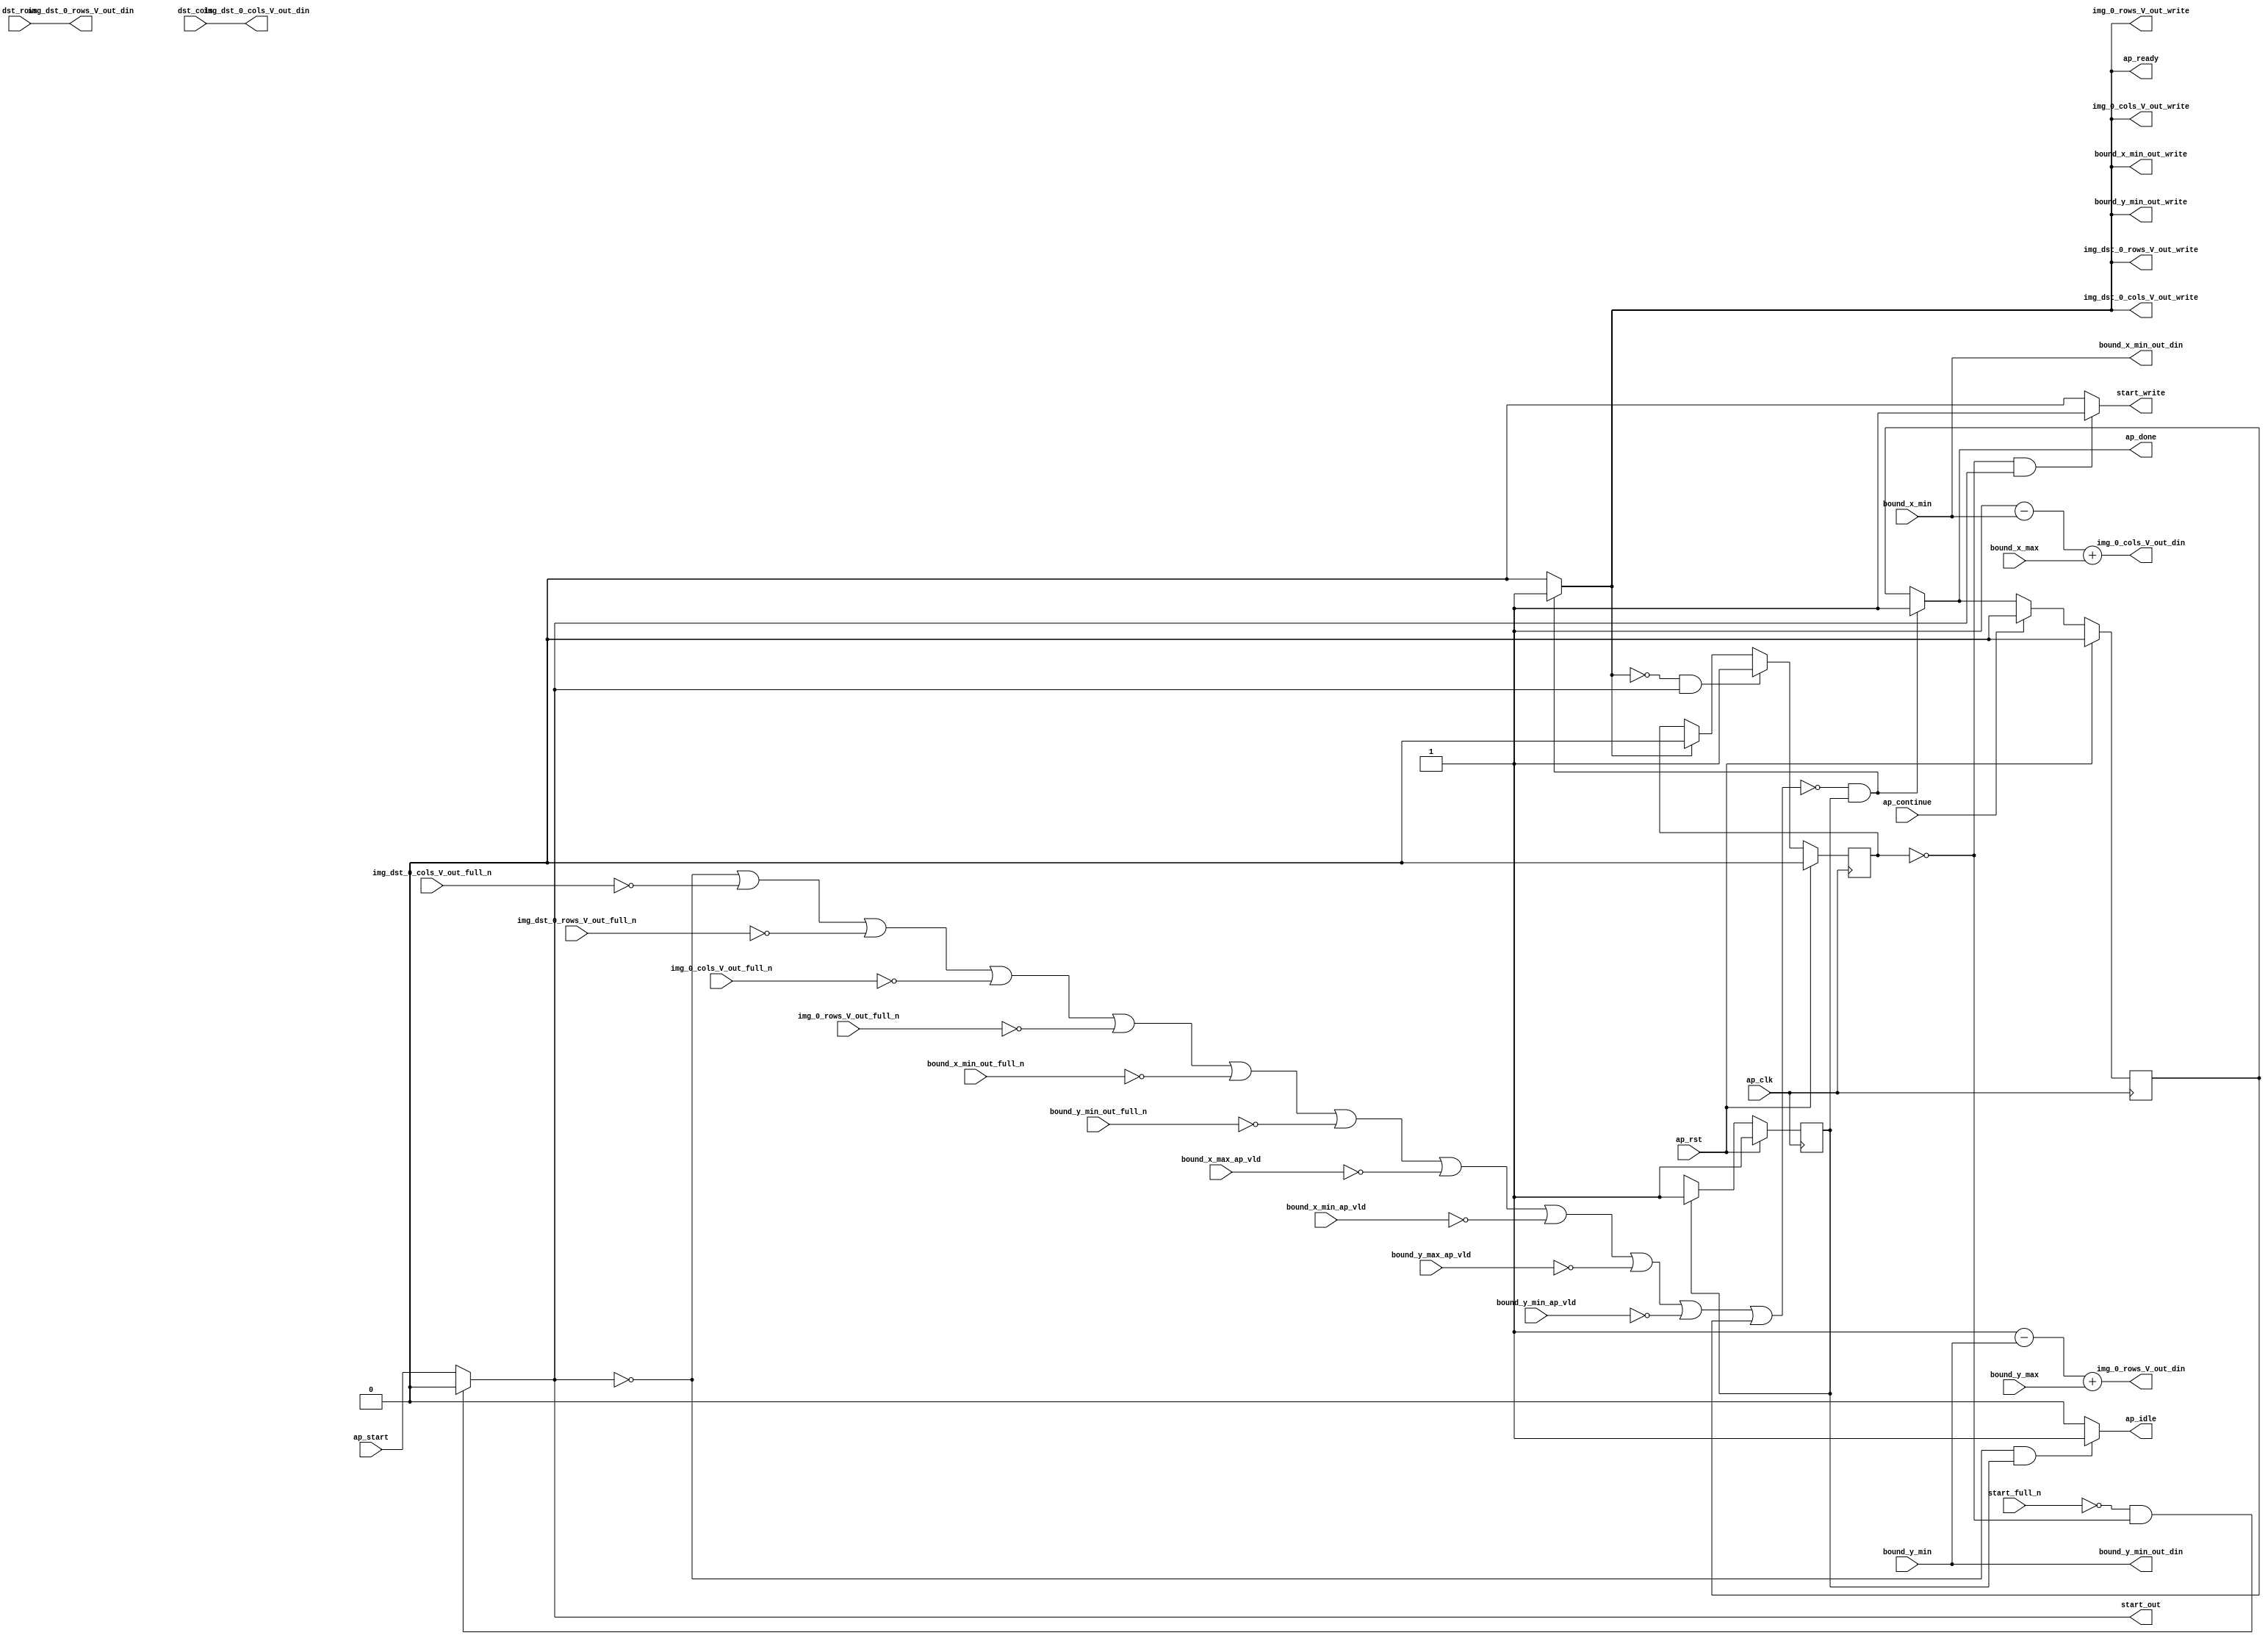
// ==============================================================
// RTL generated by Vivado(TM) HLS - High-Level Synthesis from C, C++ and SystemC
// Version: 2018.2
// Copyright (C) 1986-2018 Xilinx, Inc. All Rights Reserved.
// 
// ===========================================================

`timescale 1 ns / 1 ps 

module Block_Mat_exit45_pro (
        ap_clk,
        ap_rst,
        ap_start,
        start_full_n,
        ap_done,
        ap_continue,
        ap_idle,
        ap_ready,
        start_out,
        start_write,
        bound_y_min,
        bound_y_min_ap_vld,
        bound_y_max,
        bound_y_max_ap_vld,
        bound_x_min,
        bound_x_min_ap_vld,
        bound_x_max,
        bound_x_max_ap_vld,
        dst_rows,
        dst_cols,
        bound_y_min_out_din,
        bound_y_min_out_full_n,
        bound_y_min_out_write,
        bound_x_min_out_din,
        bound_x_min_out_full_n,
        bound_x_min_out_write,
        img_0_rows_V_out_din,
        img_0_rows_V_out_full_n,
        img_0_rows_V_out_write,
        img_0_cols_V_out_din,
        img_0_cols_V_out_full_n,
        img_0_cols_V_out_write,
        img_dst_0_rows_V_out_din,
        img_dst_0_rows_V_out_full_n,
        img_dst_0_rows_V_out_write,
        img_dst_0_cols_V_out_din,
        img_dst_0_cols_V_out_full_n,
        img_dst_0_cols_V_out_write
);

parameter    ap_ST_fsm_state1 = 1'd1;

input   ap_clk;
input   ap_rst;
input   ap_start;
input   start_full_n;
output   ap_done;
input   ap_continue;
output   ap_idle;
output   ap_ready;
output   start_out;
output   start_write;
input  [15:0] bound_y_min;
input   bound_y_min_ap_vld;
input  [15:0] bound_y_max;
input   bound_y_max_ap_vld;
input  [15:0] bound_x_min;
input   bound_x_min_ap_vld;
input  [15:0] bound_x_max;
input   bound_x_max_ap_vld;
input  [15:0] dst_rows;
input  [15:0] dst_cols;
output  [15:0] bound_y_min_out_din;
input   bound_y_min_out_full_n;
output   bound_y_min_out_write;
output  [15:0] bound_x_min_out_din;
input   bound_x_min_out_full_n;
output   bound_x_min_out_write;
output  [15:0] img_0_rows_V_out_din;
input   img_0_rows_V_out_full_n;
output   img_0_rows_V_out_write;
output  [15:0] img_0_cols_V_out_din;
input   img_0_cols_V_out_full_n;
output   img_0_cols_V_out_write;
output  [15:0] img_dst_0_rows_V_out_din;
input   img_dst_0_rows_V_out_full_n;
output   img_dst_0_rows_V_out_write;
output  [15:0] img_dst_0_cols_V_out_din;
input   img_dst_0_cols_V_out_full_n;
output   img_dst_0_cols_V_out_write;

reg ap_done;
reg ap_idle;
reg start_write;
reg bound_y_min_out_write;
reg bound_x_min_out_write;
reg img_0_rows_V_out_write;
reg img_0_cols_V_out_write;
reg img_dst_0_rows_V_out_write;
reg img_dst_0_cols_V_out_write;

reg    real_start;
reg    start_once_reg;
reg    ap_done_reg;
(* fsm_encoding = "none" *) reg   [0:0] ap_CS_fsm;
wire    ap_CS_fsm_state1;
reg    internal_ap_ready;
reg    bound_y_min_blk_n;
reg    bound_y_max_blk_n;
reg    bound_x_min_blk_n;
reg    bound_x_max_blk_n;
reg    bound_y_min_out_blk_n;
reg    bound_x_min_out_blk_n;
reg    img_0_rows_V_out_blk_n;
reg    img_0_cols_V_out_blk_n;
reg    img_dst_0_rows_V_out_blk_n;
reg    img_dst_0_cols_V_out_blk_n;
reg    ap_block_state1;
wire   [15:0] tmp_6_i_fu_194_p2;
wire   [15:0] tmp_8_i_fu_207_p2;
reg   [0:0] ap_NS_fsm;

// power-on initialization
initial begin
#0 start_once_reg = 1'b0;
#0 ap_done_reg = 1'b0;
#0 ap_CS_fsm = 1'd1;
end

always @ (posedge ap_clk) begin
    if (ap_rst == 1'b1) begin
        ap_CS_fsm <= ap_ST_fsm_state1;
    end else begin
        ap_CS_fsm <= ap_NS_fsm;
    end
end

always @ (posedge ap_clk) begin
    if (ap_rst == 1'b1) begin
        ap_done_reg <= 1'b0;
    end else begin
        if ((ap_continue == 1'b1)) begin
            ap_done_reg <= 1'b0;
        end else if ((~((real_start == 1'b0) | (img_dst_0_cols_V_out_full_n == 1'b0) | (img_dst_0_rows_V_out_full_n == 1'b0) | (img_0_cols_V_out_full_n == 1'b0) | (img_0_rows_V_out_full_n == 1'b0) | (bound_x_min_out_full_n == 1'b0) | (bound_y_min_out_full_n == 1'b0) | (bound_x_max_ap_vld == 1'b0) | (bound_x_min_ap_vld == 1'b0) | (bound_y_max_ap_vld == 1'b0) | (bound_y_min_ap_vld == 1'b0) | (ap_done_reg == 1'b1)) & (1'b1 == ap_CS_fsm_state1))) begin
            ap_done_reg <= 1'b1;
        end
    end
end

always @ (posedge ap_clk) begin
    if (ap_rst == 1'b1) begin
        start_once_reg <= 1'b0;
    end else begin
        if (((internal_ap_ready == 1'b0) & (real_start == 1'b1))) begin
            start_once_reg <= 1'b1;
        end else if ((internal_ap_ready == 1'b1)) begin
            start_once_reg <= 1'b0;
        end
    end
end

always @ (*) begin
    if ((~((real_start == 1'b0) | (img_dst_0_cols_V_out_full_n == 1'b0) | (img_dst_0_rows_V_out_full_n == 1'b0) | (img_0_cols_V_out_full_n == 1'b0) | (img_0_rows_V_out_full_n == 1'b0) | (bound_x_min_out_full_n == 1'b0) | (bound_y_min_out_full_n == 1'b0) | (bound_x_max_ap_vld == 1'b0) | (bound_x_min_ap_vld == 1'b0) | (bound_y_max_ap_vld == 1'b0) | (bound_y_min_ap_vld == 1'b0) | (ap_done_reg == 1'b1)) & (1'b1 == ap_CS_fsm_state1))) begin
        ap_done = 1'b1;
    end else begin
        ap_done = ap_done_reg;
    end
end

always @ (*) begin
    if (((real_start == 1'b0) & (1'b1 == ap_CS_fsm_state1))) begin
        ap_idle = 1'b1;
    end else begin
        ap_idle = 1'b0;
    end
end

always @ (*) begin
    if ((1'b1 == ap_CS_fsm_state1)) begin
        bound_x_max_blk_n = bound_x_max_ap_vld;
    end else begin
        bound_x_max_blk_n = 1'b1;
    end
end

always @ (*) begin
    if ((1'b1 == ap_CS_fsm_state1)) begin
        bound_x_min_blk_n = bound_x_min_ap_vld;
    end else begin
        bound_x_min_blk_n = 1'b1;
    end
end

always @ (*) begin
    if ((1'b1 == ap_CS_fsm_state1)) begin
        bound_x_min_out_blk_n = bound_x_min_out_full_n;
    end else begin
        bound_x_min_out_blk_n = 1'b1;
    end
end

always @ (*) begin
    if ((~((real_start == 1'b0) | (img_dst_0_cols_V_out_full_n == 1'b0) | (img_dst_0_rows_V_out_full_n == 1'b0) | (img_0_cols_V_out_full_n == 1'b0) | (img_0_rows_V_out_full_n == 1'b0) | (bound_x_min_out_full_n == 1'b0) | (bound_y_min_out_full_n == 1'b0) | (bound_x_max_ap_vld == 1'b0) | (bound_x_min_ap_vld == 1'b0) | (bound_y_max_ap_vld == 1'b0) | (bound_y_min_ap_vld == 1'b0) | (ap_done_reg == 1'b1)) & (1'b1 == ap_CS_fsm_state1))) begin
        bound_x_min_out_write = 1'b1;
    end else begin
        bound_x_min_out_write = 1'b0;
    end
end

always @ (*) begin
    if ((1'b1 == ap_CS_fsm_state1)) begin
        bound_y_max_blk_n = bound_y_max_ap_vld;
    end else begin
        bound_y_max_blk_n = 1'b1;
    end
end

always @ (*) begin
    if ((1'b1 == ap_CS_fsm_state1)) begin
        bound_y_min_blk_n = bound_y_min_ap_vld;
    end else begin
        bound_y_min_blk_n = 1'b1;
    end
end

always @ (*) begin
    if ((1'b1 == ap_CS_fsm_state1)) begin
        bound_y_min_out_blk_n = bound_y_min_out_full_n;
    end else begin
        bound_y_min_out_blk_n = 1'b1;
    end
end

always @ (*) begin
    if ((~((real_start == 1'b0) | (img_dst_0_cols_V_out_full_n == 1'b0) | (img_dst_0_rows_V_out_full_n == 1'b0) | (img_0_cols_V_out_full_n == 1'b0) | (img_0_rows_V_out_full_n == 1'b0) | (bound_x_min_out_full_n == 1'b0) | (bound_y_min_out_full_n == 1'b0) | (bound_x_max_ap_vld == 1'b0) | (bound_x_min_ap_vld == 1'b0) | (bound_y_max_ap_vld == 1'b0) | (bound_y_min_ap_vld == 1'b0) | (ap_done_reg == 1'b1)) & (1'b1 == ap_CS_fsm_state1))) begin
        bound_y_min_out_write = 1'b1;
    end else begin
        bound_y_min_out_write = 1'b0;
    end
end

always @ (*) begin
    if ((1'b1 == ap_CS_fsm_state1)) begin
        img_0_cols_V_out_blk_n = img_0_cols_V_out_full_n;
    end else begin
        img_0_cols_V_out_blk_n = 1'b1;
    end
end

always @ (*) begin
    if ((~((real_start == 1'b0) | (img_dst_0_cols_V_out_full_n == 1'b0) | (img_dst_0_rows_V_out_full_n == 1'b0) | (img_0_cols_V_out_full_n == 1'b0) | (img_0_rows_V_out_full_n == 1'b0) | (bound_x_min_out_full_n == 1'b0) | (bound_y_min_out_full_n == 1'b0) | (bound_x_max_ap_vld == 1'b0) | (bound_x_min_ap_vld == 1'b0) | (bound_y_max_ap_vld == 1'b0) | (bound_y_min_ap_vld == 1'b0) | (ap_done_reg == 1'b1)) & (1'b1 == ap_CS_fsm_state1))) begin
        img_0_cols_V_out_write = 1'b1;
    end else begin
        img_0_cols_V_out_write = 1'b0;
    end
end

always @ (*) begin
    if ((1'b1 == ap_CS_fsm_state1)) begin
        img_0_rows_V_out_blk_n = img_0_rows_V_out_full_n;
    end else begin
        img_0_rows_V_out_blk_n = 1'b1;
    end
end

always @ (*) begin
    if ((~((real_start == 1'b0) | (img_dst_0_cols_V_out_full_n == 1'b0) | (img_dst_0_rows_V_out_full_n == 1'b0) | (img_0_cols_V_out_full_n == 1'b0) | (img_0_rows_V_out_full_n == 1'b0) | (bound_x_min_out_full_n == 1'b0) | (bound_y_min_out_full_n == 1'b0) | (bound_x_max_ap_vld == 1'b0) | (bound_x_min_ap_vld == 1'b0) | (bound_y_max_ap_vld == 1'b0) | (bound_y_min_ap_vld == 1'b0) | (ap_done_reg == 1'b1)) & (1'b1 == ap_CS_fsm_state1))) begin
        img_0_rows_V_out_write = 1'b1;
    end else begin
        img_0_rows_V_out_write = 1'b0;
    end
end

always @ (*) begin
    if ((1'b1 == ap_CS_fsm_state1)) begin
        img_dst_0_cols_V_out_blk_n = img_dst_0_cols_V_out_full_n;
    end else begin
        img_dst_0_cols_V_out_blk_n = 1'b1;
    end
end

always @ (*) begin
    if ((~((real_start == 1'b0) | (img_dst_0_cols_V_out_full_n == 1'b0) | (img_dst_0_rows_V_out_full_n == 1'b0) | (img_0_cols_V_out_full_n == 1'b0) | (img_0_rows_V_out_full_n == 1'b0) | (bound_x_min_out_full_n == 1'b0) | (bound_y_min_out_full_n == 1'b0) | (bound_x_max_ap_vld == 1'b0) | (bound_x_min_ap_vld == 1'b0) | (bound_y_max_ap_vld == 1'b0) | (bound_y_min_ap_vld == 1'b0) | (ap_done_reg == 1'b1)) & (1'b1 == ap_CS_fsm_state1))) begin
        img_dst_0_cols_V_out_write = 1'b1;
    end else begin
        img_dst_0_cols_V_out_write = 1'b0;
    end
end

always @ (*) begin
    if ((1'b1 == ap_CS_fsm_state1)) begin
        img_dst_0_rows_V_out_blk_n = img_dst_0_rows_V_out_full_n;
    end else begin
        img_dst_0_rows_V_out_blk_n = 1'b1;
    end
end

always @ (*) begin
    if ((~((real_start == 1'b0) | (img_dst_0_cols_V_out_full_n == 1'b0) | (img_dst_0_rows_V_out_full_n == 1'b0) | (img_0_cols_V_out_full_n == 1'b0) | (img_0_rows_V_out_full_n == 1'b0) | (bound_x_min_out_full_n == 1'b0) | (bound_y_min_out_full_n == 1'b0) | (bound_x_max_ap_vld == 1'b0) | (bound_x_min_ap_vld == 1'b0) | (bound_y_max_ap_vld == 1'b0) | (bound_y_min_ap_vld == 1'b0) | (ap_done_reg == 1'b1)) & (1'b1 == ap_CS_fsm_state1))) begin
        img_dst_0_rows_V_out_write = 1'b1;
    end else begin
        img_dst_0_rows_V_out_write = 1'b0;
    end
end

always @ (*) begin
    if ((~((real_start == 1'b0) | (img_dst_0_cols_V_out_full_n == 1'b0) | (img_dst_0_rows_V_out_full_n == 1'b0) | (img_0_cols_V_out_full_n == 1'b0) | (img_0_rows_V_out_full_n == 1'b0) | (bound_x_min_out_full_n == 1'b0) | (bound_y_min_out_full_n == 1'b0) | (bound_x_max_ap_vld == 1'b0) | (bound_x_min_ap_vld == 1'b0) | (bound_y_max_ap_vld == 1'b0) | (bound_y_min_ap_vld == 1'b0) | (ap_done_reg == 1'b1)) & (1'b1 == ap_CS_fsm_state1))) begin
        internal_ap_ready = 1'b1;
    end else begin
        internal_ap_ready = 1'b0;
    end
end

always @ (*) begin
    if (((start_full_n == 1'b0) & (start_once_reg == 1'b0))) begin
        real_start = 1'b0;
    end else begin
        real_start = ap_start;
    end
end

always @ (*) begin
    if (((start_once_reg == 1'b0) & (real_start == 1'b1))) begin
        start_write = 1'b1;
    end else begin
        start_write = 1'b0;
    end
end

always @ (*) begin
    case (ap_CS_fsm)
        ap_ST_fsm_state1 : begin
            ap_NS_fsm = ap_ST_fsm_state1;
        end
        default : begin
            ap_NS_fsm = 'bx;
        end
    endcase
end

assign ap_CS_fsm_state1 = ap_CS_fsm[32'd0];

always @ (*) begin
    ap_block_state1 = ((real_start == 1'b0) | (img_dst_0_cols_V_out_full_n == 1'b0) | (img_dst_0_rows_V_out_full_n == 1'b0) | (img_0_cols_V_out_full_n == 1'b0) | (img_0_rows_V_out_full_n == 1'b0) | (bound_x_min_out_full_n == 1'b0) | (bound_y_min_out_full_n == 1'b0) | (bound_x_max_ap_vld == 1'b0) | (bound_x_min_ap_vld == 1'b0) | (bound_y_max_ap_vld == 1'b0) | (bound_y_min_ap_vld == 1'b0) | (ap_done_reg == 1'b1));
end

assign ap_ready = internal_ap_ready;

assign bound_x_min_out_din = bound_x_min;

assign bound_y_min_out_din = bound_y_min;

assign img_0_cols_V_out_din = (tmp_8_i_fu_207_p2 + bound_x_max);

assign img_0_rows_V_out_din = (tmp_6_i_fu_194_p2 + bound_y_max);

assign img_dst_0_cols_V_out_din = dst_cols;

assign img_dst_0_rows_V_out_din = dst_rows;

assign start_out = real_start;

assign tmp_6_i_fu_194_p2 = (16'd1 - bound_y_min);

assign tmp_8_i_fu_207_p2 = (16'd1 - bound_x_min);

endmodule //Block_Mat_exit45_pro